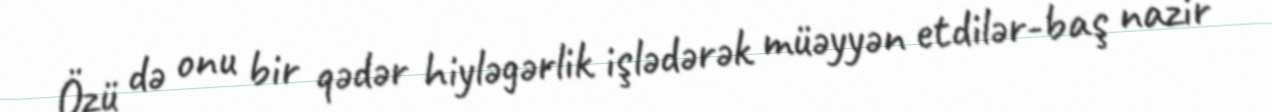
Özü də onu bir qədər hiyləgərlik işlədərək müəyyən etdilər-baş nazir